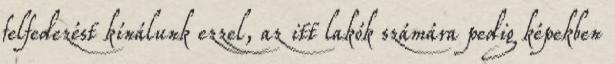
felfedezést kínálunk ezzel, az itt lakók számára pedig képekben